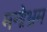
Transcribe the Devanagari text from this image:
मनोभ्रम